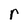
Character: r